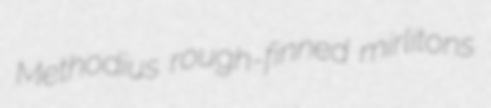
Methodius rough-finned mirlitons